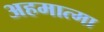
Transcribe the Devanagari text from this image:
अहमात्मा